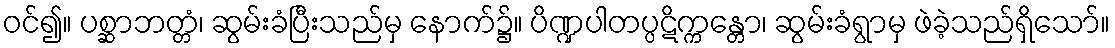
ဝင်၍။ ပစ္ဆာဘတ္တံ၊ ဆွမ်းခံပြီးသည်မှ နောက်၌။ ပိဏ္ဍပါတပ္ပဋိက္ကန္တော၊ ဆွမ်းခံရွာမှ ဖဲခဲ့သည်ရှိသော်။